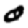
Digit: 0